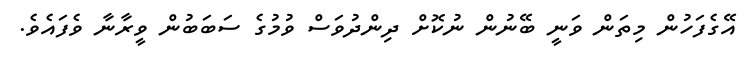
އޭގެފަހުން މިތަން ވަނީ ބޭނުން ނުކޮށް ދިންދުވަސް ވުމުގެ ސަބަބުން ވީރާނާ ވެފައެވެ.